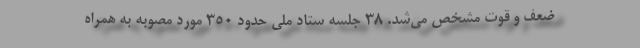
ضعف و قوت مشخص می‌شد. 38 جلسه ستاد ملی حدود 350 مورد مصوبه به همراه